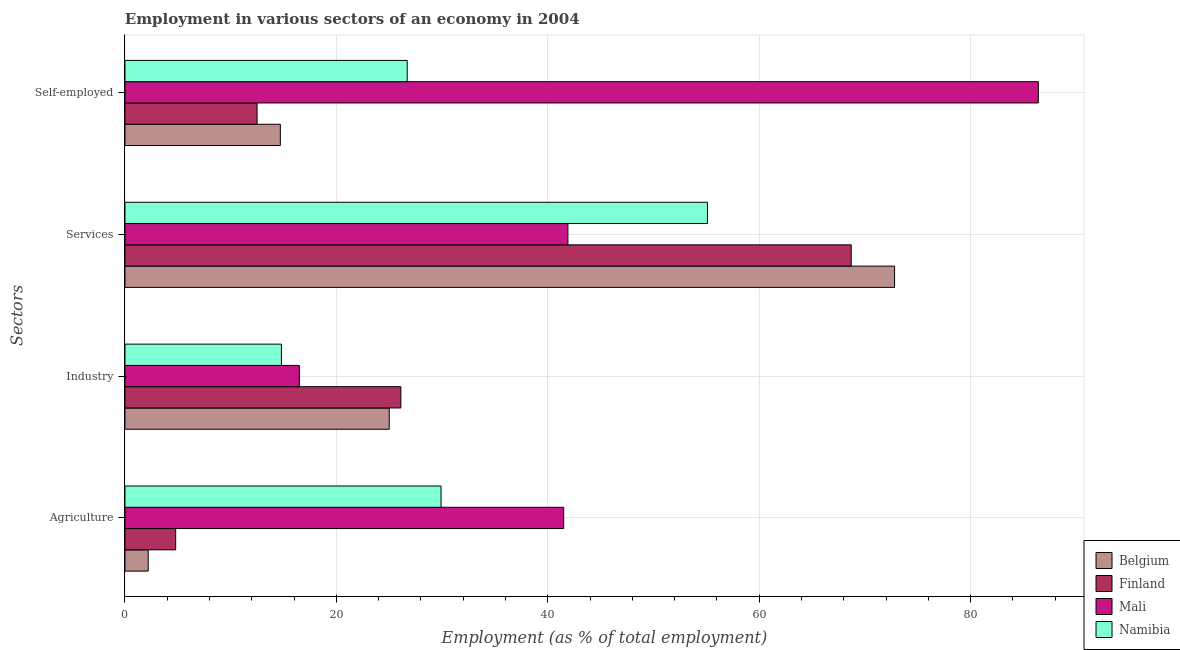
| Sectors | Belgium | Finland | Mali | Namibia |
 | --- | --- | --- | --- | --- |
 | Agriculture | 2.2 | 4.8 | 41.5 | 29.9 |
 | Industry | 25 | 26.1 | 16.5 | 14.8 |
 | Services | 72.8 | 68.7 | 41.9 | 55.1 |
 | Self-employed | 14.7 | 12.5 | 86.4 | 26.7 |